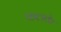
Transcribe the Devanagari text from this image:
फलके